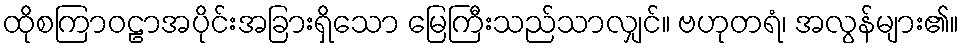
ထိုစကြာဝဠာအပိုင်းအခြားရှိသော မြေကြီးသည်သာလျှင်။ ဗဟုတရံ၊ အလွန်များ၏။